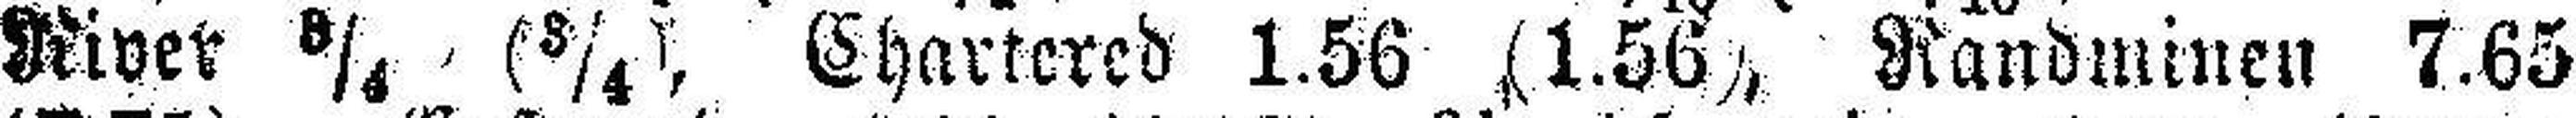
River 3/4 (3/4), Chartered 1.56 (1.56), Randminen 7.65